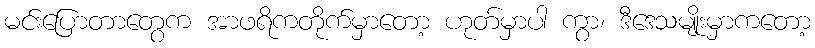
မင်းပြောတာတွေက အာဖရိကတိုက်မှာတော့ ဟုတ်မှာပါ ကွာ၊ ဒီဒေသမျိုးမှာကတော့